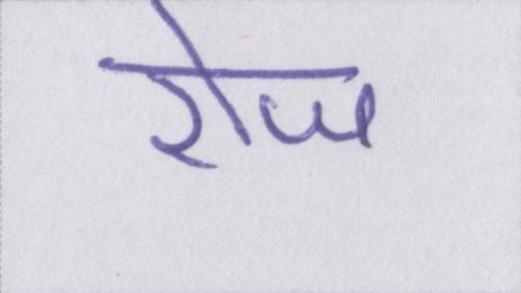
रोज